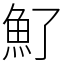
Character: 𩵌